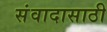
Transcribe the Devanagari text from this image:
संवादासाठी